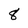
Character: 8